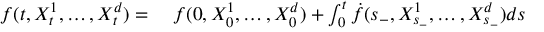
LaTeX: \begin{array} { r l } { f ( t , X _ { t } ^ { 1 } , \ldots , X _ { t } ^ { d } ) = { } } & { { } f ( 0 , X _ { 0 } ^ { 1 } , \ldots , X _ { 0 } ^ { d } ) + \int _ { 0 } ^ { t } { \dot { f } } ( { s _ { - } } , X _ { s _ { - } } ^ { 1 } , \ldots , X _ { s _ { - } } ^ { d } ) d { s } } \end{array}